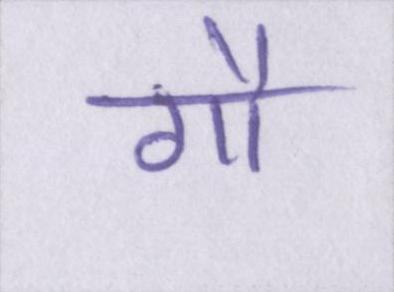
गौ